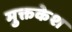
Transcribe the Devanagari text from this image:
मुक्तकेश